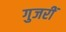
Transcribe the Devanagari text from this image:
गुजरीं